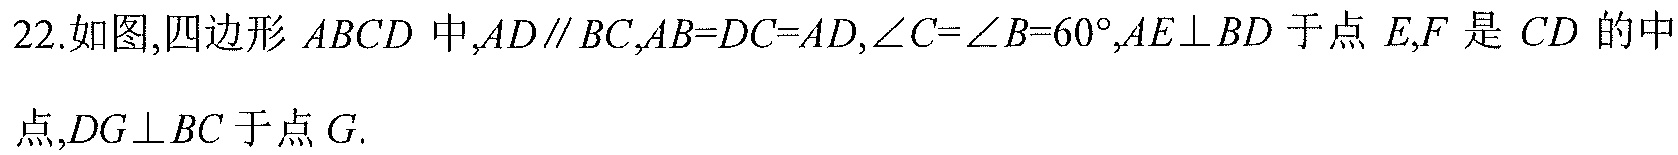
22.如图,四边形 \(ABCD\) 中,\(AD\parallel BC\),\(AB = DC = AD\),\(\angle C=\angle B = 60^{\circ}\),\(AE\perp BD\) 于点 \(E\),\(F\) 是 \(CD\) 的中
点,\(DG\perp BC\) 于点 \(G\).